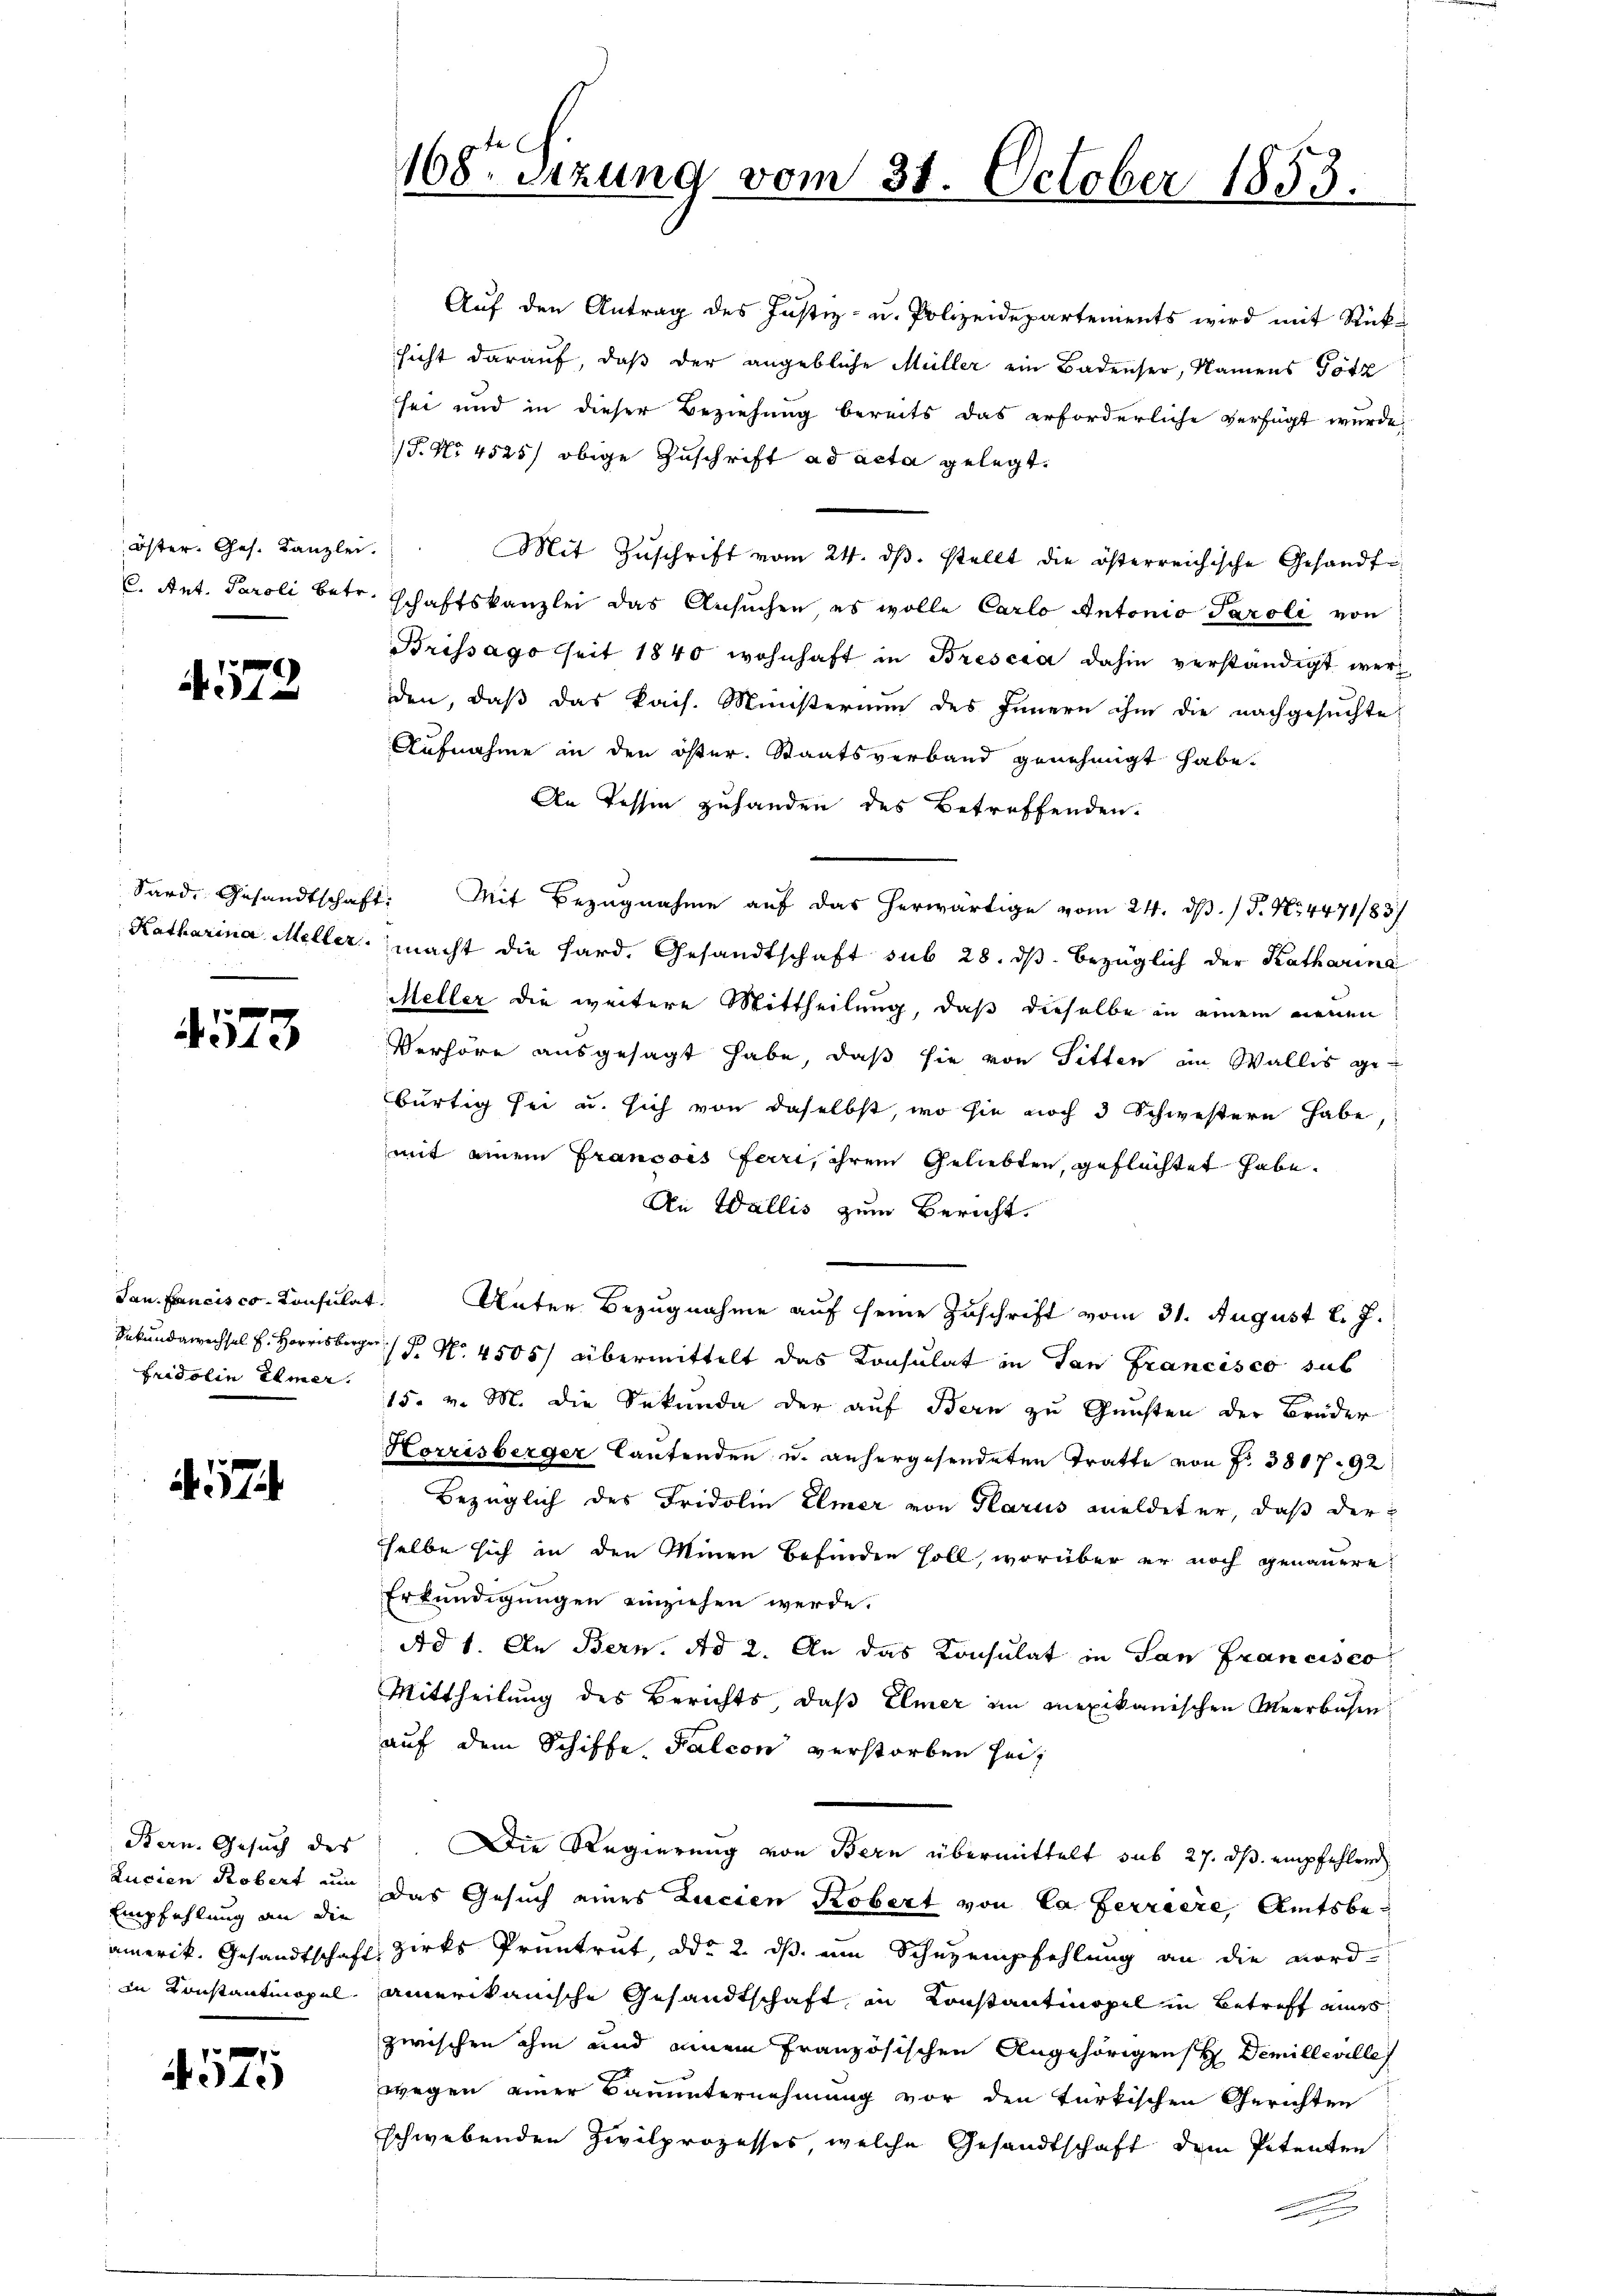
Öster. Ges. Kanzlei.

4572

4573

Fridolin Elmer.

a. 17

Bern. Gesuch des
Lucian Robert um
Empfehlung an die

N.10)

168. Sizung vom 31. October 1853.

Auf den Antrag des Justiz- u. Polizeidepartements wird mit Rück-
sicht darauf, daß der angebliche Müller ein Badenser, Namens Götz
sei und in dieser Beziehung bereits das erforderliche verfügt wurde,
/T. No. 4525) obige Zuschrift ad acta gelegt.
Mit Zŭschrift vom 24. dβ. stellt die österreichische Gesandte
C. Ant. Paroli betr. Schaftskanzlei das Ansuchen es wolle Carlo Antonio Paroli von
Brissago seit 1840 wohnhaft in Brescia dahin verständigt werden, daß das kais. Ministerium des Innern ihm die nachgesuchte
Aufnahme in den öfter. Staatsverband genehmigt habe.
An Tessin zuhanden des Betreffenden.
Sard, Gesandtschaft. Mit Bezugnahme auf das herwärtige vom 24. dβ. / 5. No 4471/83/
Katharina Meller macht die hard. Gesandtschaft sub 28. dβ bezüglich der Katharina
Meller die weitere Mittheilung, daß dieselbe in einem neuen
Verhöre ausgesagt habe, daß sie von Sitten in Wallis gebürtig sei u. sich von daselbst, wo sie noch 3 Schwestern habe
mit einem Francois Ferri, ihrem Geliebten, geflüchtet habe.
An Wallis zum Bericht
Jan. Francisco Consulat. Unter Bezugnahme auf seine Zuschrift vom 31. August l. J.
Sekundwechsel. Herr P. Nr. 4505/ übermittelt das Konsulat in San Francisco sub
15. v. M. die Sekunda der auf Bern zu Gunsten der Brüder
Horrisberger lautenden u. anhergesendeten Tratte von Fr. 3807. 92
Bezüglich des Fridolin Elmer von Glarus meldeter, daß der
selbe sich in den Minen befinden soll, worüber er noch genauere
Erkundigungen einziehen werde.
Ad 1. An Bern. Ad 2. An das Konsulat in San Francisco
Mittheilung des Berichts, daß Elmer im mexikanischen Meerbuchen
auf dem Schiffe. Falcon verstorben heit
Die Regierung von Bern übermittelt sub 27. ds. empfehlend
Das Gesuch eines Lucien Kobert von la ferriere, Amtsbeamerik. Gesandtschaft zirks Pruntrut, ddo 2. ds. ein Schuzempfehlung an die Nord-
in Konstantmopel amerikanische Gesandtschaft in Konstantinopel in Betreff eines
zwischen ihm und einem französischen Angehörigenst Demilleville
wegen einer Bauunternehmung vor den türkischen Gerichten
schwebenden Zivilprozesses, welche Gesandtschaft dem Petenten
n